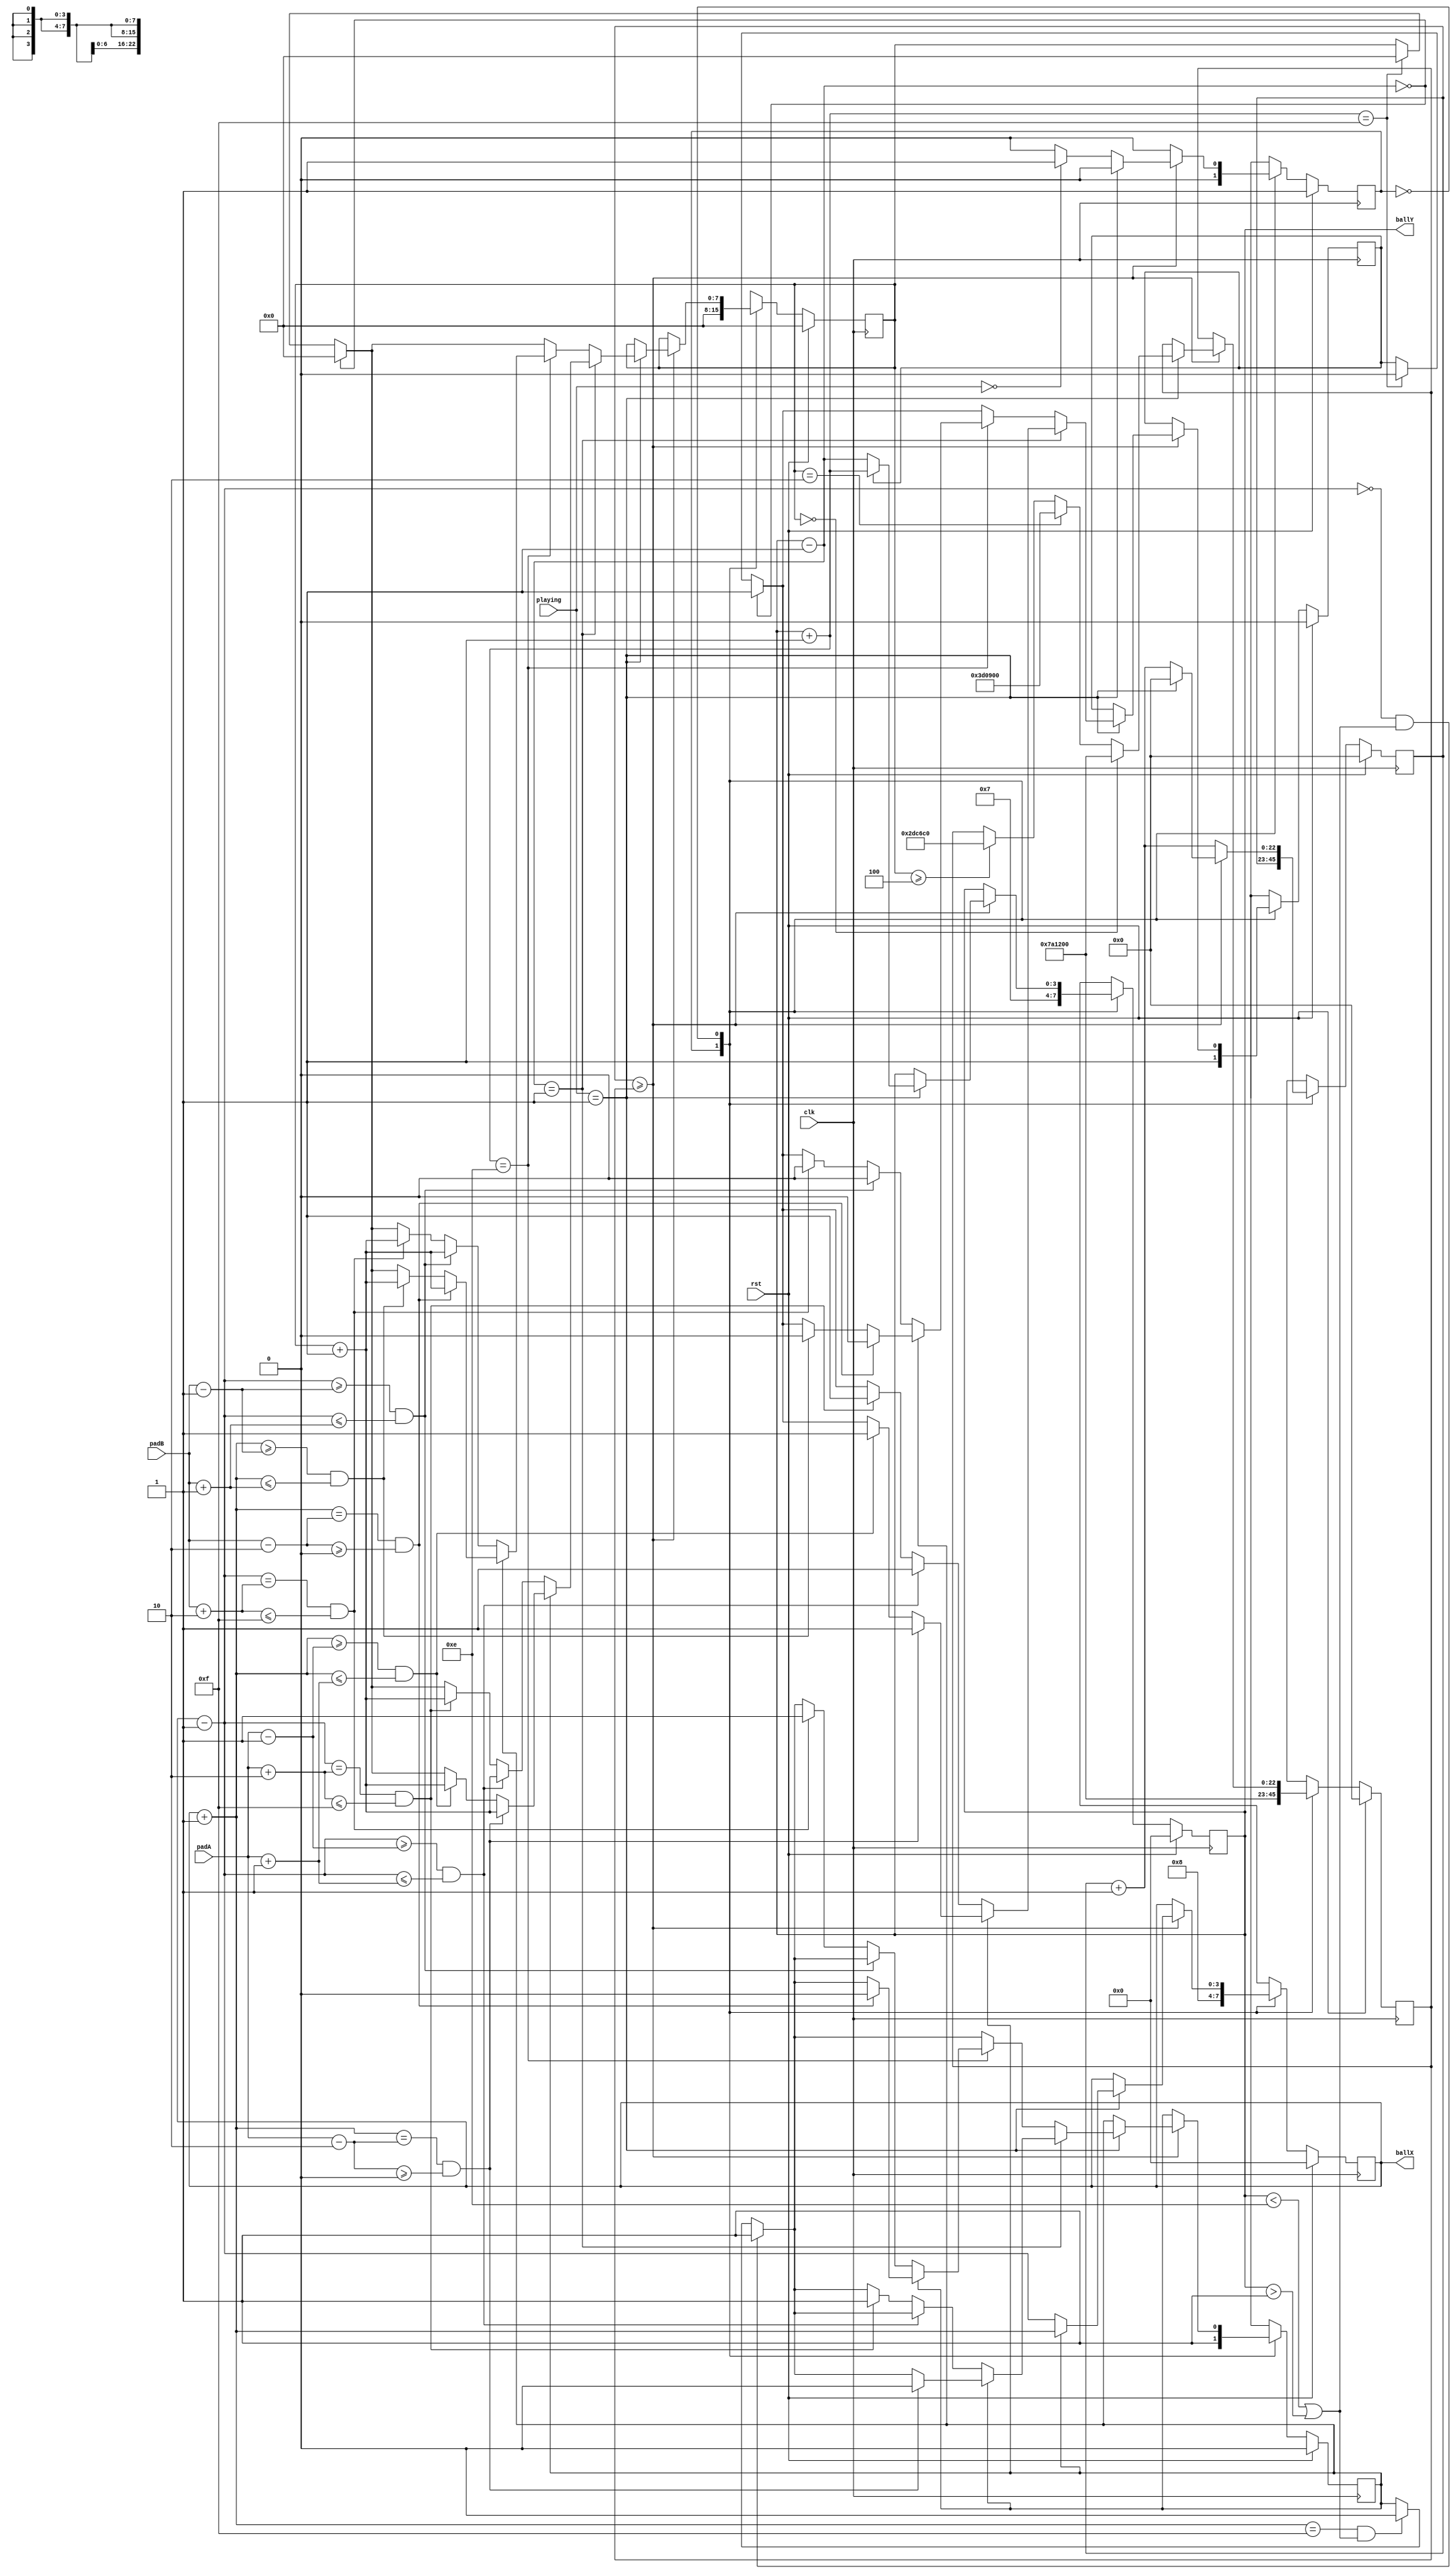
/*
   This file was generated automatically by the Mojo IDE version B1.3.5.
   Do not edit this file directly. Instead edit the original Lucid source.
   This is a temporary file and any changes made to it will be destroyed.
*/

module ball_5 (
    input clk,
    input rst,
    input [1:0] playing,
    input [3:0] padA,
    input [3:0] padB,
    output reg [3:0] ballX,
    output reg [3:0] ballY
  );
  
  
  
  localparam GAMEON_state = 1'd0;
  localparam GAMESTART_state = 1'd1;
  
  reg M_state_d, M_state_q = GAMESTART_state;
  reg [22:0] M_counter_d, M_counter_q = 1'h0;
  reg [7:0] M_hitcounter_d, M_hitcounter_q = 1'h0;
  reg [22:0] M_ballspeed_d, M_ballspeed_q = 1'h0;
  reg [3:0] M_ballXtemp_d, M_ballXtemp_q = 1'h0;
  reg [3:0] M_ballYtemp_d, M_ballYtemp_q = 1'h0;
  reg M_directionX_d, M_directionX_q = 1'h0;
  reg M_directionY_d, M_directionY_q = 1'h0;
  
  always @* begin
    M_state_d = M_state_q;
    M_hitcounter_d = M_hitcounter_q;
    M_ballXtemp_d = M_ballXtemp_q;
    M_ballspeed_d = M_ballspeed_q;
    M_counter_d = M_counter_q;
    M_directionY_d = M_directionY_q;
    M_directionX_d = M_directionX_q;
    M_ballYtemp_d = M_ballYtemp_q;
    
    ballX = M_ballXtemp_q;
    ballY = M_ballYtemp_q;
    
    case (M_state_q)
      GAMESTART_state: begin
        M_ballspeed_d = 23'h7a1200;
        M_hitcounter_d = 1'h0;
        M_ballXtemp_d = 4'h8;
        M_ballYtemp_d = 3'h7;
        M_directionX_d = 1'h1;
        M_directionY_d = 1'h1;
        ballX = M_ballXtemp_q;
        ballY = M_ballYtemp_q;
        M_state_d = GAMEON_state;
      end
      GAMEON_state: begin
        M_counter_d = M_counter_q + 1'h1;
        if (M_counter_q >= M_ballspeed_q) begin
          if (playing == 1'h1) begin
            if ((M_ballXtemp_q + 1'h1) == 4'hf && (M_ballYtemp_q < 4'he || M_ballYtemp_q > 1'h1)) begin
              M_directionX_d = 1'h0;
            end
            if ((M_ballXtemp_q - 1'h1) == 1'h0 && (M_ballYtemp_q < 4'he || M_ballYtemp_q > 1'h1)) begin
              M_directionX_d = 1'h1;
            end
            if ((M_ballYtemp_q + 1'h1) == 4'hf) begin
              M_directionY_d = 1'h0;
              M_hitcounter_d = 1'h0;
            end
            if ((M_ballYtemp_q - 1'h1) == 1'h0) begin
              M_directionY_d = 1'h1;
              M_hitcounter_d = 1'h0;
            end
            if ((M_ballYtemp_q - 1'h1) == 1'h1) begin
              if (M_directionX_q == 1'h1) begin
                if ((M_ballXtemp_q + 1'h1) == (padA - 2'h2) && (padA - 2'h2) >= 1'h0) begin
                  M_directionX_d = 1'h0;
                  M_directionY_d = 1'h1;
                  M_hitcounter_d = M_hitcounter_q + 1'h1;
                end else begin
                  if ((M_ballXtemp_q + 1'h1) >= (padA - 1'h1) && (M_ballXtemp_q + 1'h1) <= (padA + 1'h1)) begin
                    M_directionY_d = 1'h1;
                    M_hitcounter_d = M_hitcounter_q + 1'h1;
                  end
                end
              end else begin
                if (M_directionX_q == 1'h0) begin
                  if ((M_ballXtemp_q - 1'h1) >= (padA - 1'h1) && (M_ballXtemp_q - 1'h1) <= (padA + 1'h1)) begin
                    M_directionY_d = 1'h1;
                    M_hitcounter_d = M_hitcounter_q + 1'h1;
                  end else begin
                    if ((M_ballXtemp_q - 1'h1) == (padA + 2'h2) && (padA + 2'h2) <= 4'hf) begin
                      M_directionX_d = 1'h1;
                      M_directionY_d = 1'h1;
                      M_hitcounter_d = M_hitcounter_q + 1'h1;
                    end
                  end
                end
              end
            end else begin
              if ((M_ballYtemp_q + 1'h1) == 4'he) begin
                if (M_directionX_q == 1'h1) begin
                  if ((M_ballXtemp_q + 1'h1) == (padB - 2'h2) && (padB - 2'h2) >= 1'h0) begin
                    M_directionX_d = 1'h0;
                    M_directionY_d = 1'h0;
                    M_hitcounter_d = M_hitcounter_q + 1'h1;
                  end else begin
                    if ((M_ballXtemp_q + 1'h1) >= (padB - 1'h1) && (M_ballXtemp_q + 1'h1) <= (padB + 1'h1)) begin
                      M_directionY_d = 1'h0;
                      M_hitcounter_d = M_hitcounter_q + 1'h1;
                    end
                  end
                end else begin
                  if (M_directionX_q == 1'h0) begin
                    if ((M_ballXtemp_q - 1'h1) >= (padB - 1'h1) && (M_ballXtemp_q - 1'h1) <= (padB + 1'h1)) begin
                      M_directionY_d = 1'h0;
                      M_hitcounter_d = M_hitcounter_q + 1'h1;
                    end else begin
                      if ((M_ballXtemp_q - 1'h1) == (padB + 2'h2) && (padB + 2'h2) <= 4'hf) begin
                        M_directionX_d = 1'h1;
                        M_directionY_d = 1'h0;
                        M_hitcounter_d = M_hitcounter_q + 1'h1;
                      end
                    end
                  end
                end
              end
            end
            if (M_directionX_q == 1'h1) begin
              M_ballXtemp_d = M_ballXtemp_q + 1'h1;
            end else begin
              if (M_directionX_q == 1'h0) begin
                M_ballXtemp_d = M_ballXtemp_q - 1'h1;
              end
            end
            if (M_directionY_q == 1'h1) begin
              M_ballYtemp_d = M_ballYtemp_q + 1'h1;
            end else begin
              if (M_directionY_q == 1'h0) begin
                M_ballYtemp_d = M_ballYtemp_q - 1'h1;
              end
            end
            if (M_hitcounter_q == 1'h0) begin
              M_ballspeed_d = 23'h7a1200;
            end else begin
              if (M_hitcounter_q == 2'h2) begin
                M_ballspeed_d = 22'h3d0900;
              end else begin
                if (M_hitcounter_q >= 3'h4) begin
                  M_ballspeed_d = 22'h2dc6c0;
                end
              end
            end
            ballX = M_ballXtemp_q;
            ballY = M_ballYtemp_q;
            M_counter_d = 1'h0;
          end else begin
            if (playing == 1'h0) begin
              M_state_d = GAMESTART_state;
            end
          end
        end
      end
    endcase
  end
  
  always @(posedge clk) begin
    if (rst == 1'b1) begin
      M_counter_q <= 1'h0;
      M_hitcounter_q <= 1'h0;
      M_ballspeed_q <= 1'h0;
      M_ballXtemp_q <= 1'h0;
      M_ballYtemp_q <= 1'h0;
      M_directionX_q <= 1'h0;
      M_directionY_q <= 1'h0;
    end else begin
      M_counter_q <= M_counter_d;
      M_hitcounter_q <= M_hitcounter_d;
      M_ballspeed_q <= M_ballspeed_d;
      M_ballXtemp_q <= M_ballXtemp_d;
      M_ballYtemp_q <= M_ballYtemp_d;
      M_directionX_q <= M_directionX_d;
      M_directionY_q <= M_directionY_d;
    end
  end
  
  
  always @(posedge clk) begin
    if (rst == 1'b1) begin
      M_state_q <= 1'h1;
    end else begin
      M_state_q <= M_state_d;
    end
  end
  
endmodule